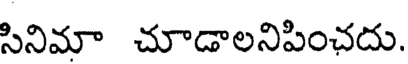
సినిమా చూడాలనిపించదు.